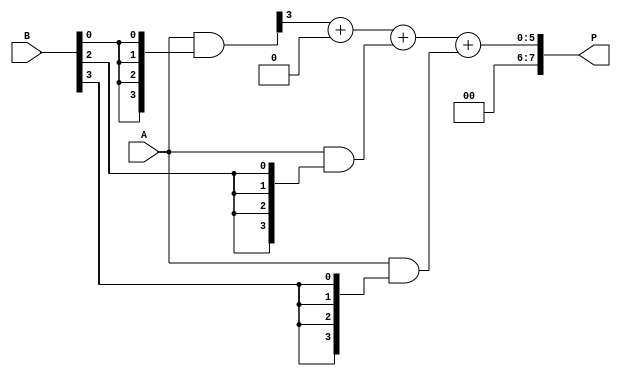
module WallaceTreeMultiplier #(parameter N = 4) (
    input [N-1:0] A,
    input [N-1:0] B,
    output reg [2*N-1:0] P
);

// Partial Product Generation
wire [N-1:0] pp [N-1:0]; // Partial products
genvar i, j;
generate
    for (i = 0; i < N; i = i + 1) begin : pp_gen
        assign pp[i] = A & {N{B[i]}}; // AND operation to generate partial products
    end
endgenerate

// Wallace Tree Reduction
wire [N-1:0] sum [N-1:0];
wire [N-1:0] carry [N-1:0];

// Stage 1: Reduce using Half Adders and Full Adders
generate
    for (i = 0; i < N; i = i + 1) begin : stage1
        if (i == 0) begin
            assign sum[i] = pp[0][i];
            assign carry[i] = 1'b0; // No carry for the first stage
        end else begin
            // Half Adder for the first two bits
            if (i < N-1) begin
                assign sum[i] = pp[0][i] ^ pp[1][i];
                assign carry[i] = pp[0][i] & pp[1][i];
            end else begin
                assign sum[i] = pp[0][i];
                assign carry[i] = 1'b0;
            end
        end
    end
endgenerate

// Stage 2: Further reduction
wire [N-1:0] sum2 [N-1:0];
wire [N-1:0] carry2 [N-1:0];

generate
    for (i = 0; i < N; i = i + 1) begin : stage2
        if (i < N-1) begin
            assign sum2[i] = sum[i] ^ carry[i];
            assign carry2[i] = sum[i] & carry[i];
        end else begin
            assign sum2[i] = sum[i];
            assign carry2[i] = 1'b0;
        end
    end
endgenerate

// Final Summation
wire [2*N-1:0] final_sum;
wire [2*N-1:0] final_carry;

assign final_sum = {1'b0, sum2[N-1]} + {1'b0, carry2[N-1]} + {1'b0, pp[2]} + {1'b0, pp[3]}; // Final addition of remaining partial products

// Output the final product
always @(*) begin
    P = final_sum; // Assign the final product
end

endmodule